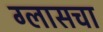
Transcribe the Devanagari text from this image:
ग्लासचा